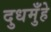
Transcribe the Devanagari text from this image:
दुधमुँहे